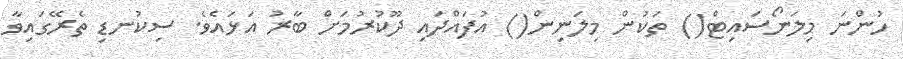
ހުންނަ މިލަނޯސައިޓް() ތަކުން މިލަނިން() އުފައްދައި ދޫކުރުމަށް ބާރު އަޅައެވެ. ސިކުނޑި ތެރޭގައިވާ